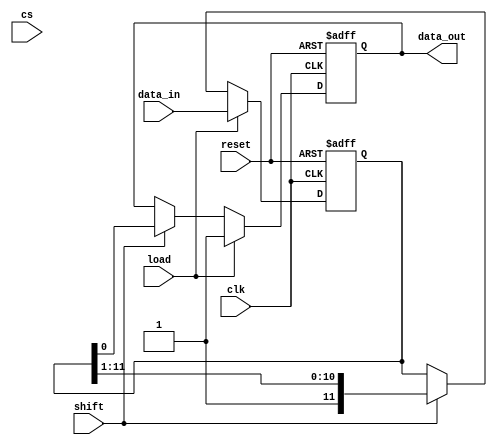
module lb_11bitsShiftRegister(
    input clk,
    input reset,
    input load,
    input shift,
    input [N-1:0] data_in,
	input cs,
    output reg data_out
    );
	
	localparam N = 12;
	
	//reg data_out;
	reg [N-1:0] data;

	always @ (posedge clk, negedge reset) 
		//if(!cs) begin
			if(!reset) begin
				data_out <= 1'b1;
				data <= 0;
			end
			else begin
				if(load) begin
					data <= data_in;
					data_out <= 1'b1;
				end
				else begin
					if(shift)
						{data, data_out} <= {{1'b1, data[N-1:1]},data[0]};
						else
						data_out <= data_out;
				end
			end
		//end
			
endmodule